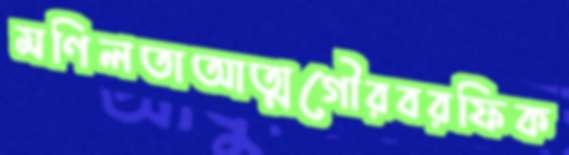
মণিলতাআত্মগৌরবরফিক